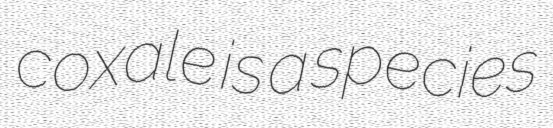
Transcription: coxale is a species